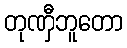
တုဏှီဘူတော